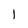
Character: 1